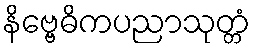
နိဗ္ဗေဓိကပညာသုတ္တံ